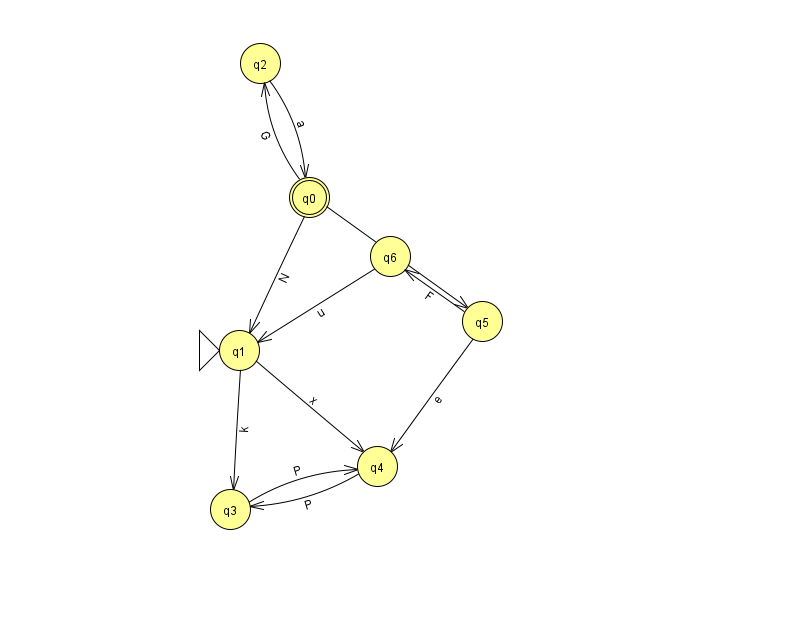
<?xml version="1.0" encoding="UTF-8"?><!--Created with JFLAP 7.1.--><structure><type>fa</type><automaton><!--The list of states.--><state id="0" name="q0"><x>309.0</x><y>184.0</y><final/></state><state id="1" name="q1"><x>239.0</x><y>337.0</y><initial/></state><state id="2" name="q2"><x>260.0</x><y>50.0</y></state><state id="3" name="q3"><x>230.0</x><y>496.0</y></state><state id="4" name="q4"><x>377.0</x><y>453.0</y></state><state id="5" name="q5"><x>482.0</x><y>308.0</y></state><state id="6" name="q6"><x>390.0</x><y>243.0</y></state><!--The list of transitions.--><transition><from>6</from><to>1</to><read>u</read></transition><transition><from>5</from><to>6</to><read>F</read></transition><transition><from>0</from><to>5</to><read>G</read></transition><transition><from>1</from><to>4</to><read>x</read></transition><transition><from>1</from><to>3</to><read>k</read></transition><transition><from>0</from><to>1</to><read>N</read></transition><transition><from>0</from><to>2</to><read>G</read></transition><transition><from>2</from><to>0</to><read>a</read></transition><transition><from>3</from><to>4</to><read>P</read></transition><transition><from>4</from><to>3</to><read>P</read></transition><transition><from>5</from><to>4</to><read>e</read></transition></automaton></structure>